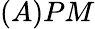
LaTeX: (A)PM